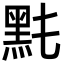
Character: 𪐠